Papers set at the Examination for Leaving Certificates, 1889
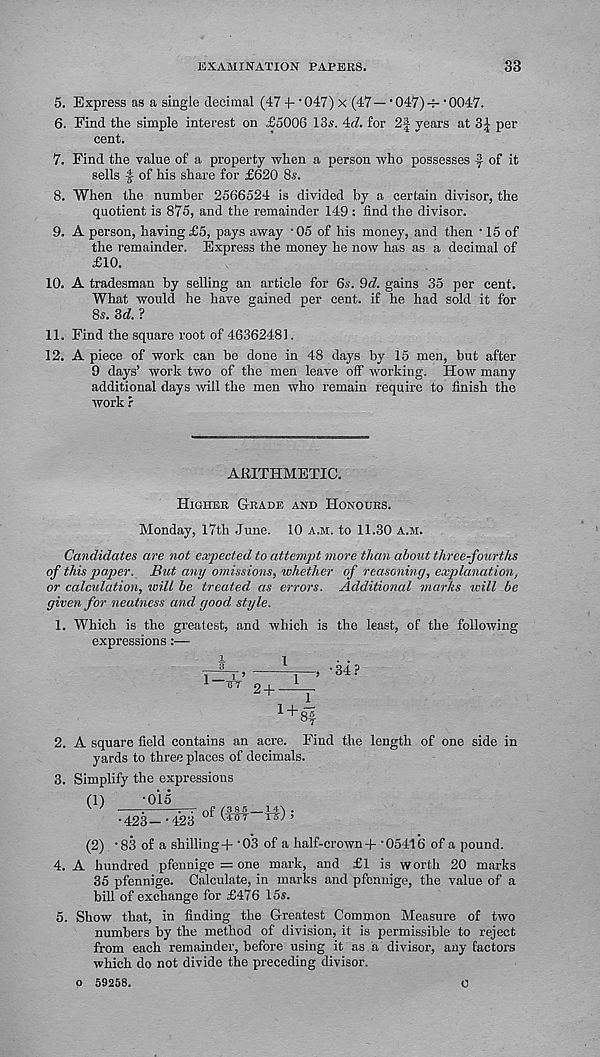
EXAMINATION PAPERS.
33
5. Express as a single decimal (47 -|- '047) x (47— • 047)-f- • 0047.
6. Find the simple interest on £5006 13s. 4<7. for 2| years at 3| per
cent.
7. Find the value of a property when a person who possesses f of it
sells -f of his share for £620 8s.
8. When the number 2566524 is divided by a certain divisor, the
quotient is 875, and the remainder 149 : find the divisor.
9. A person, having £5, pays away '05 of his money, and then • 15 of
the remainder. Express the money he now has as a decimal of
£10.
10. A tradesman by selling an article for 6s. 9d. gains 35 per cent.
What would he have gained per cent, if he had sold it for
8s. 3t7. ?
11. Find the square root of 46362481.
12. A piece of work can be done in 48 days by 15 men, but after
9 days’ work two of the men leave off working. How many
additional days will the men who remain require to finish the
work r
ARITHMETIC.
Higher G-rade and Honours.
Monday, 17th June. 10 a.m. to 11.30 a.m.
Candidates are not expected to attempt more than about three-fourths
of this paper. But any omissions, whether of reasoning, explanation,
or calculation, will be treated, as errors. Additional marks will be
given for neatness and good style.
1. Which is the greatest, and which is the least, of the following
expressions:—
*
l
i i ’
i
1
2+ _±
•34?
1
1 + 84
2. A square field contains an acre. Find the length of one side in
yards to three places of decimals.
3. Simplify the expressions
(1)
-015
^ /
;
(3 8 5 14A.
•423--423 °U ¥TyT T¥j ’
(2) ■ 83 of a shilling+ 'O'S of a half-crown+ •05416 of a pound.
4. A hundred pfennige = one mark, and £1 is worth 20 marks
35 pfennige. Calculate, in marks and pfennige, the value of a
bill of exchange for £476 15s.
5. Show that, in finding the Greatest Common Measure of two
numbers by the method of division, it is permissible to reject
from each remainder, before using it as a divisor, any factors
which do not divide the preceding divisor.
o 59258.
0